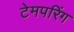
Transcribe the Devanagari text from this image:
टेमपरिंग